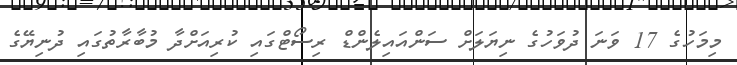
މިމަހުގެ 17 ވަނަ ދުވަހުގެ ނިޔަލަށް ސަންއައިލެންޑް ރިސޯޓްގައި ކުރިއަށްދާ މުބާރާތުގައި ދުނިޔޭގެ